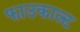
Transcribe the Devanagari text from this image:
फाउकाल्ट